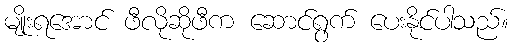
မျိုးရအောင် ဖီလိုဆိုဖီက ဆောင်ရွက် ပေးနိုင်ပါသည်။